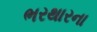
ભરથારના